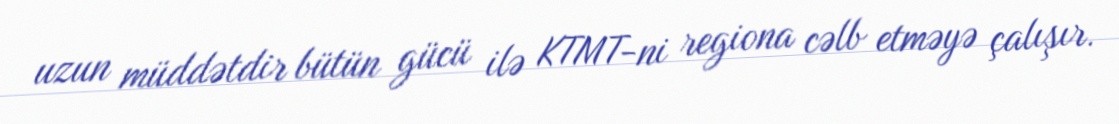
uzun müddətdir bütün gücü ilə KTMT-ni regiona cəlb etməyə çalışır.